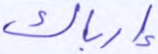
إرباك